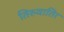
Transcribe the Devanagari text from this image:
तिरुवातिर